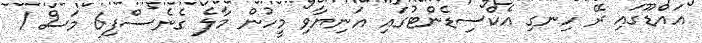
އައްޑޫގައި ރޭ ހިނގި އެކްސިޑެންޓުގައި އަނިޔާވި މީހުން މާލެ ގެނެސްފި6 މަސް 1